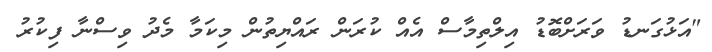
"އަޅުގަނޑު ވަރަށްބޮޑު އިލްތިމާސް އެއް ކުރަން ރައްޔިތުން މިކަމާ މެދު ވިސްނާ ފިކުރު